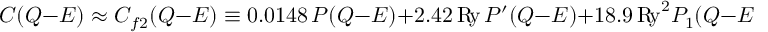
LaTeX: C ( Q { - } E ) \approx C _ { f 2 } ( Q { - } E ) \equiv 0 . 0 1 4 8 \, P ( Q { - } E ) + 2 . 4 2 \, \mathrm { R \! y } \, P ^ { \prime } ( Q { - } E ) + 1 8 . 9 \, \mathrm { R \! y } ^ { 2 } P _ { 1 } ( Q { - } E ) \, .